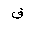
Letter: _qaf